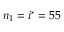
n _ { 1 } = i ^ { * } = 5 5